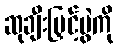
ဆုချီးမြှင့်ပွဲကို